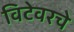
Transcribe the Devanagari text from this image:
विटेवरचे